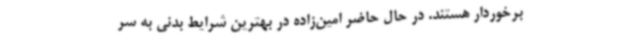
برخوردار هستند. در حال حاضر امین‌زاده در بهترین شرایط بدنی به سر